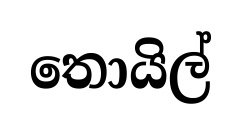
තොයිල්